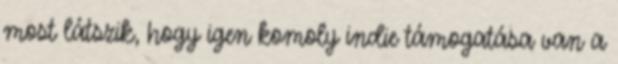
most látszik, hogy igen komoly indie támogatása van a